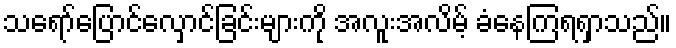
သရော်ပြောင်လှောင်ခြင်းများကို အလူးအလိမ့် ခံနေကြရရှာသည်။